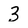
Character: 3